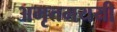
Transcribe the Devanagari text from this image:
अमृतमययी